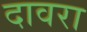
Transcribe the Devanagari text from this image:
दावरा